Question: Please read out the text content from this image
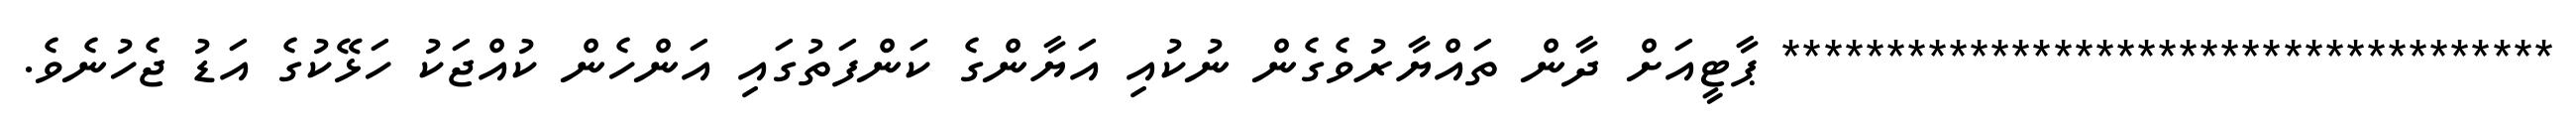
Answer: ************************************* ޕާޓީއަށް ދާން ތައްޔާރުވެގެން ނުކުއި އަޔާންގެ ކަންފަތުގައި އަންހެން ކުއްޖަކު ހަޅޭކުގެ އަޑު ޖެހުނެވެ.